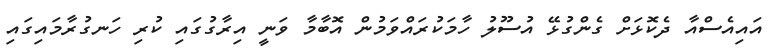
އައިއެސްއާ ދެކޮޅަށް ގެންގުޅޭ އުސޫލު ހާމަކުރައްވަމުން އޮބާމާ ވަނީ އިރާގުގައި ކުރި ހަނގުރާމައިގައި